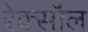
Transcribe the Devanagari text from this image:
रेक्सॉल